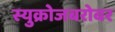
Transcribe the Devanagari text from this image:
स्युक्रोजबरोबर